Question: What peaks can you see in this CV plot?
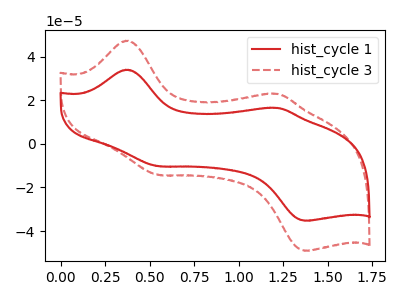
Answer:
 <answer>The red curve "hist_cycle 1" has anodic peaks at (0.35V, 34.00uA) (1.20V, 16.50uA) and cathodic peaks at (0.55V, -10.25uA) (1.35V, -35.25uA). The red dashed curve "hist_cycle 3" has anodic peaks at (0.35V, 47.30uA) (1.20V, 22.95uA) and cathodic peaks at (0.55V, -14.25uA) (1.35V, -49.00uA).</answer>
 <eval></eval>